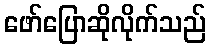
ဖော်ပြောဆိုလိုက်သည်